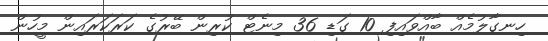
ހިނގާލުމެއް ބާއްވައިފި 10 ގަޑި 36 މިނެޓް ކުރިން ބޭރުގެ ކަރަކަރައިން މީހުން